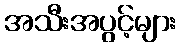
အသီးအပွင့်များ